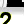
Digit: 2